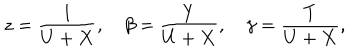
LaTeX: z = \frac { 1 } { U + X } , \beta = \frac { Y } { U + X } , \gamma = \frac { T } { U + X } ,